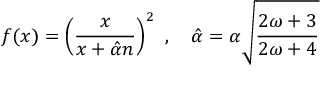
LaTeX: f ( x ) = \left( \frac { x } { x + \hat { \alpha } n } \right) ^ { 2 } \ , \ \ \ \hat { \alpha } = \alpha \sqrt { \frac { 2 \omega + 3 } { 2 \omega + 4 } }